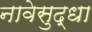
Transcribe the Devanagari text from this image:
नावेसुद्धा